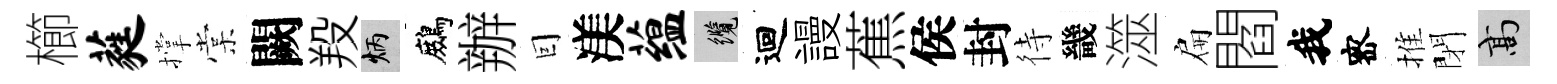
櫛蕤撑棠闕羖炳鷓辦囙渼蕴纜迴謾蕉侯封待畿澨扁閻我宻推閉高